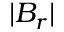
| B _ { r } |